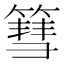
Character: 篲